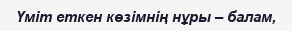
Үміт еткен көзімнің нұры – балам,